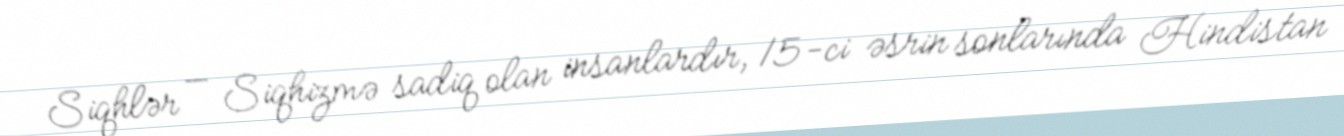
Siqhlər — Siqhizmə sadiq olan insanlardır, 15-ci əsrin sonlarında Hindistan